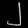
Digit: ၂